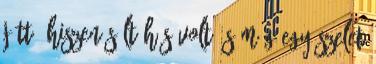
jött, hiszen sült hús volt és még egy szelet